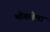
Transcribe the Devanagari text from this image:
भोगलेला